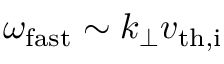
\omega _ { \mathrm { f a s t } } \sim k _ { \perp } v _ { \mathrm { t h , i } }